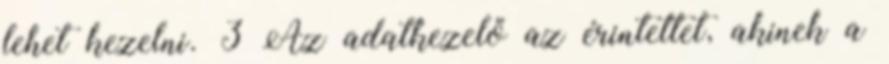
lehet kezelni. 3 Az adatkezelő az érintettet, akinek a